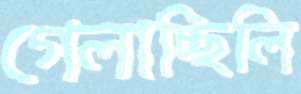
গেলাচ্ছিলি